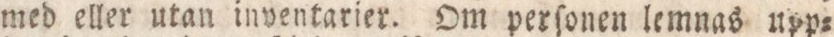
med eller utan inventarier. Om perſonen lemnas upp=